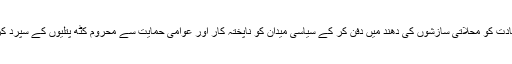
لہذا اسی صحت مند سرگرمی کو کچلنے کی خاطر مغربی طاقتیں عوامی حمایت کی حامل سیاسی قیادت کو محلاتی سازشوں کی دھند میں دفن کر کے سیاسی میدان کو ناپختہ کار اور عوامی حمایت سے محروم کٹھ پتلیوں کے سپرد کر کے قوم کے فکری ارتکاز کو تحلیل اور شعوری وحدت کو منتشر کرنے کی کوشش کر رہی ہیں۔